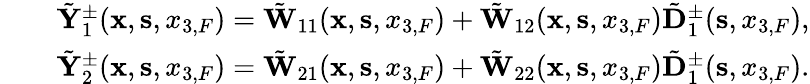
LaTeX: \begin{array}{rlr}&{}&{\tilde{\mathbf Y}_{1}^{\pm}({{\mathbf x}},{{\mathbf s}},{x_{3,F}})=\tilde{\mathbf W}_{11}({{\mathbf x}},{{\mathbf s}},{x_{3,F}})+\tilde{\mathbf W}_{12}({{\mathbf x}},{{\mathbf s}},{x_{3,F}})\tilde{\mathbf D}_{1}^{\pm}({\mathbf s},x_{3,F}),}\\ &{}&{\tilde{\mathbf Y}_{2}^{\pm}({{\mathbf x}},{{\mathbf s}},{x_{3,F}})=\tilde{\mathbf W}_{21}({{\mathbf x}},{{\mathbf s}},{x_{3,F}})+\tilde{\mathbf W}_{22}({{\mathbf x}},{{\mathbf s}},{x_{3,F}})\tilde{\mathbf D}_{1}^{\pm}({\mathbf s},x_{3,F}).}\end{array}